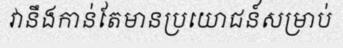
វានឹងកាន់តែមានប្រយោជន៍សម្រាប់